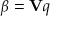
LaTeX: \beta = \mathbf { V } q